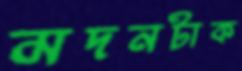
মদনটাক